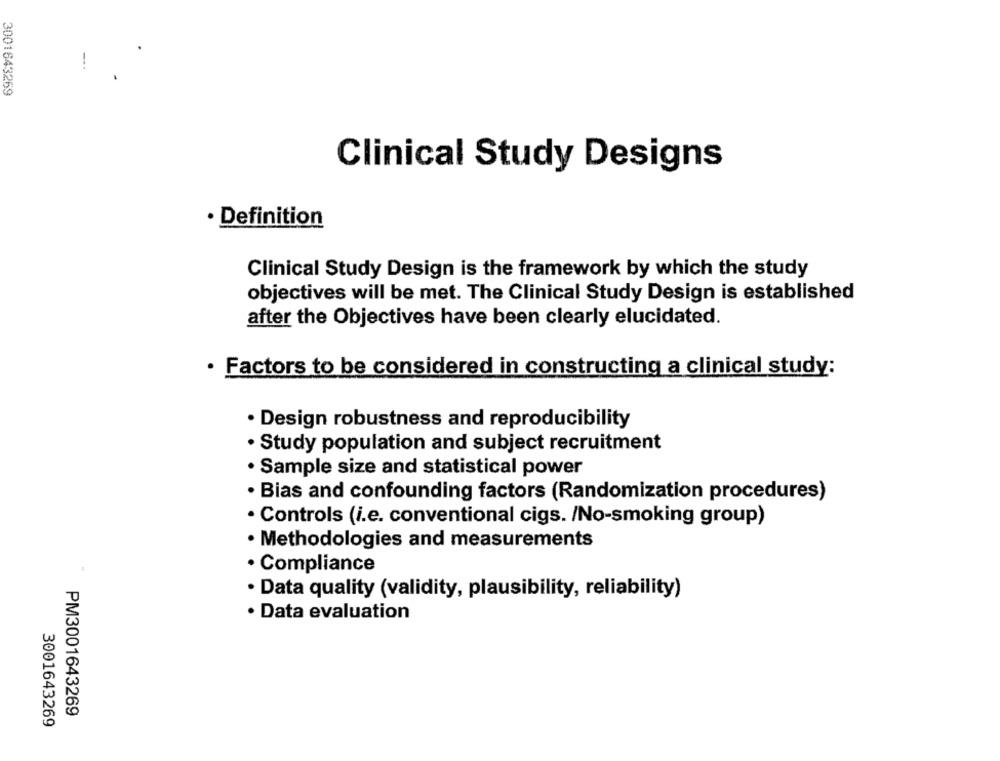
!
3001643269
Clinical Study Designs
· Definition
Clinical Study Design is the framework by which the study
objectives will be met. The Clinical Study Design is established
after the Objectives have been clearly elucidated.
· Factors to be considered in constructing a clinical study:
· Design robustness and reproducibility
· Study population and subject recruitment
· Sample size and statistical power
· Bias and confounding factors (Randomization procedures)
· Controls (i.e. conventional cigs. /No-smoking group)
· Methodologies and measurements
· Compliance
· Data quality (validity, plausibility, reliability)
· Data evaluation
PM3001643269
3001643269